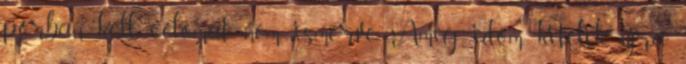
porban kell, célomat nem ismerve, Amíg időm kitelik. újra